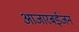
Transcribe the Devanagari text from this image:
आजारबईजन